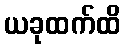
ယခုထက်ထိ